Plague in India, 1896, 1897 - Volume 1
Year: 1896
Disease focus: Plague
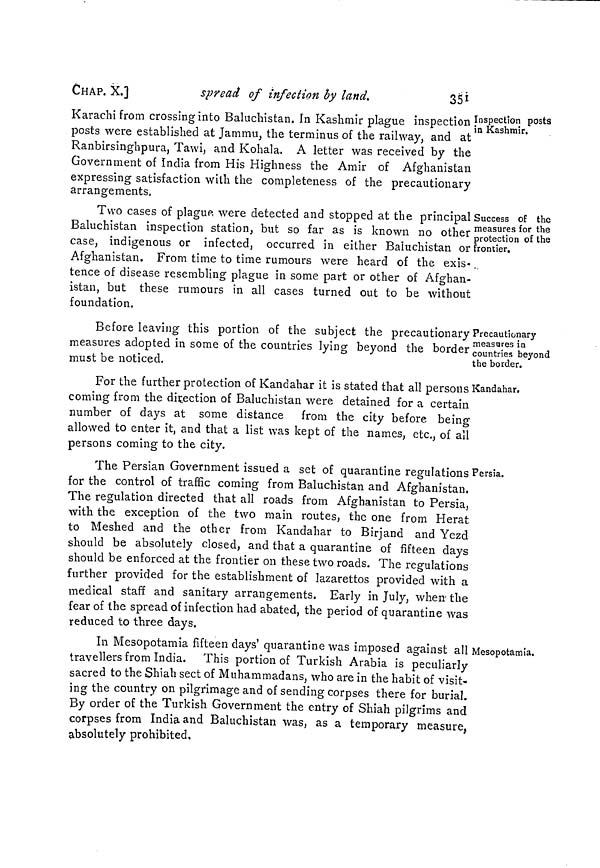
CHAP. X.]
spread of infection by land.
351
Inspection posts
in Kashmir.
Karachi from crossing into Baluchistan. In Kashmir plague inspection
posts were established at Jammu, the terminus of the railway, and at
Ranbirsinghpura, Tawi, and Kohala. A letter was received by the
Government of India from His Highness the Amir of Afghanistan
expressing satisfaction with the completeness of the precautionary
arrangements.
Success of the
measures for the
protection of the
frontier.
Two cases of plague were detected and stopped at the principal
Baluchistan inspection station, but so far as is known no other
case, indigenous or infected, occurred in either Baluchistan or
Afghanistan. From time to time rumours were heard of the exis-
tence of disease resembling plague in some part or other of Afghan-
istan, but these rumours in all cases turned out to be without
foundation.
Precautionary
measures in
countries beyond
the border.
Before leaving this portion of the subject the precautionary
measures adopted in some of the countries lying beyond the border
must be noticed.
Kandahar.
For the further protection of Kandahar it is stated that all persons
coming from the direction of Baluchistan were detained for a certain
number of days at some distance from the city before being
allowed to enter it, and that a list was kept of the names, etc., of all
persons coming to the city.
Persia.
The Persian Government issued a set of quarantine regulations
for the control of traffic coming from Baluchistan and Afghanistan.
The regulation directed that all roads from Afghanistan to Persia,
with the exception of the two main routes, the one from Herat
to Meshed and the other from Kandahar to Birjand and Yezd
should be absolutely closed, and that a quarantine of fifteen days
should be enforced at the frontier on these two roads. The regulations
further provided for the establishment of lazarettos provided with a
medical staff and sanitary arrangements. Early in July, when- the
fear of the spread of infection had abated, the period of quarantine was
reduced to three days.
Mesopotamia.
Ill Mesopotamia fifteen days' quarantine was imposed against all
travellers from India. This portion of Turkish Arabia is peculiarly
sacred to the Shiah sect of Muhammadans, who are in the habit of visit-
ing the country on pilgrimage and of sending corpses there for burial.
By order of the Turkish Government the entry of Shiah pilgrims and
corpses from India and Baluchistan was, as a temporary measure,
absolutely prohibited.